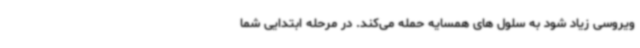
ویروسی زیاد شود به سلول های همسایه حمله می‌کند. در مرحله ابتدایی شما